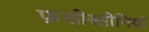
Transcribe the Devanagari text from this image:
फ़लीस्तीनियों